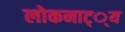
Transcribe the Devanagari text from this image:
लोकनाट््य